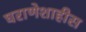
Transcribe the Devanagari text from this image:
घराणेशाहीस